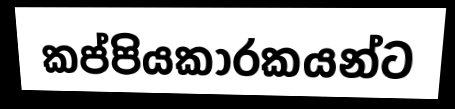
කප්පියකාරකයන්ට